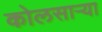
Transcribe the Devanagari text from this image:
कोलसाऱ्या